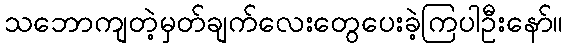
သဘောကျတဲ့မှတ်ချက်လေးတွေပေးခဲ့ကြပါဦးနော်။